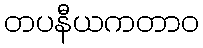
တပနီယကတာဝ